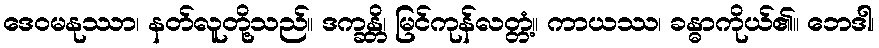
ဒေဝမနုဿာ၊ နတ်လူတို့သည်။ ဒက္ခန္တိ၊ မြင်ကုန်လတ္တံ့။ ကာယဿ၊ ခန္ဓာကိုယ်၏။ ဘေဒါ၊